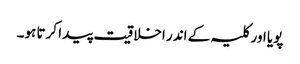
پویا اور کلیہ کے اندر اخلاقیت پیدا کرتا ہو۔